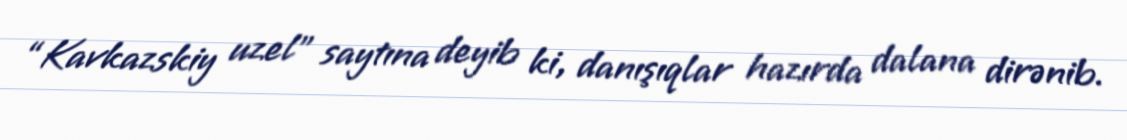
“Kavkazskiy uzel” saytına deyib ki, danışıqlar hazırda dalana dirənib.